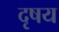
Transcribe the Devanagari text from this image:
दृषय